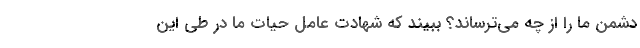
دشمن ما را از چه می‌ترساند؟ ببیند که شهادت عامل حیات ما در طی این